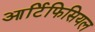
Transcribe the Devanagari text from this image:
आर्टिफिसियल